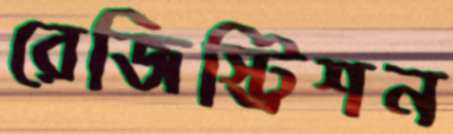
রেজিস্ট্রিশন